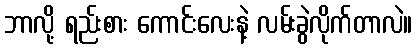
ဘာလို့ ရည်းစား ကောင်းလေးနဲ့ လမ်းခွဲလိုက်တာလဲ။